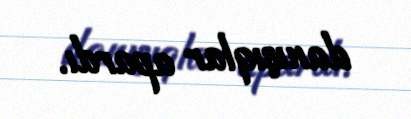
danışıqlar apardı.